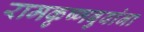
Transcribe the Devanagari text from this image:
रामकृष्णबुवांना